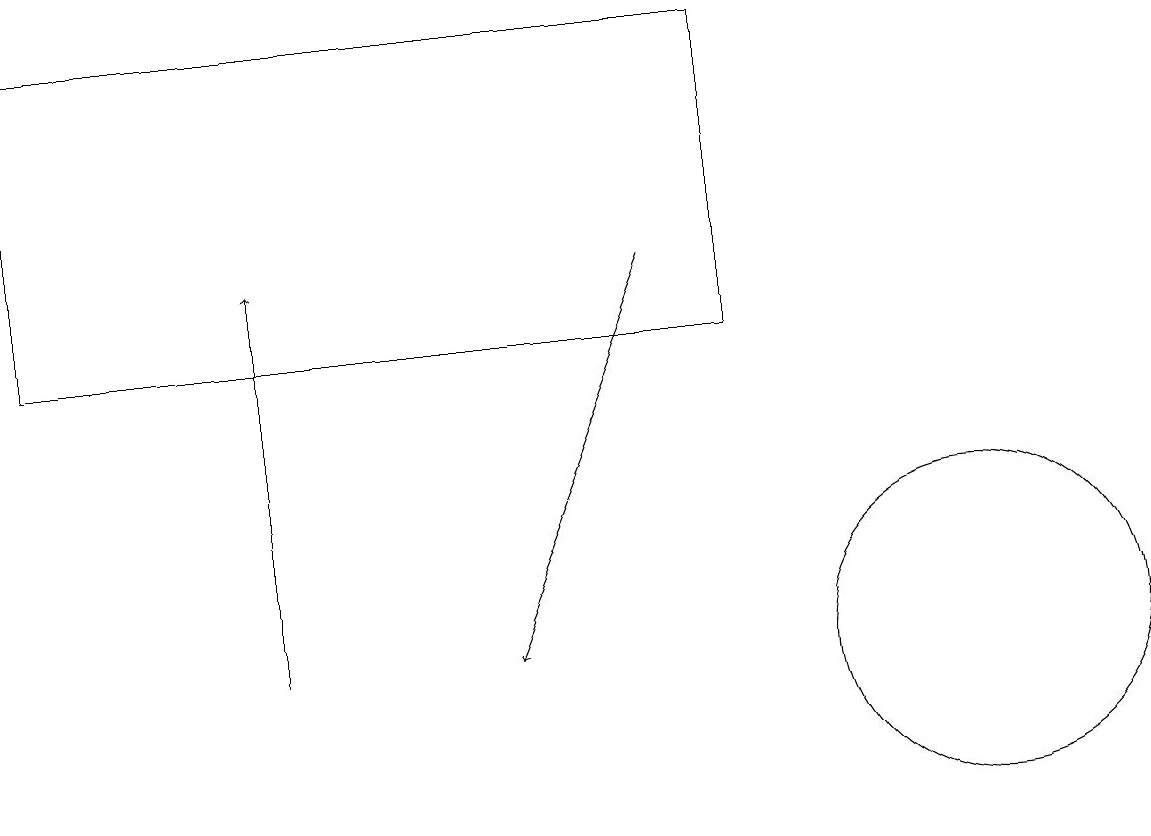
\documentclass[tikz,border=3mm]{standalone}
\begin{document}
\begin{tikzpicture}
\draw[->] (3,11) -- (3,16);
\draw (9,19) rectangle (0,15);
\draw (12,11) circle (2);
\draw[->] (8,16) -- (6,11);
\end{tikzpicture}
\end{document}